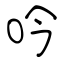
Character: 吟